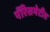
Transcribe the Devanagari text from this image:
पॅरिसभेटीत